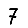
Digit: 7